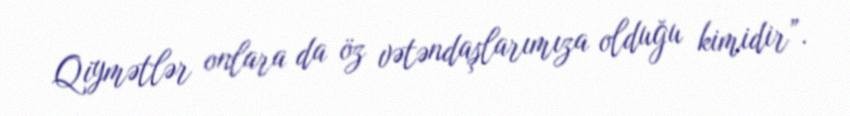
Qiymətlər onlara da öz vətəndaşlarımıza olduğu kimidir”.